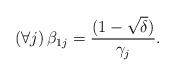
LaTeX: \begin{align*}\left(\forall j \right) \beta_{1j} = \frac{(1-\sqrt{\delta})}{\gamma_j}.\end{align*}